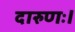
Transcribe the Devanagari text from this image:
दारुणः।